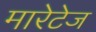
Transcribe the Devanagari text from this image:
मारेटेज